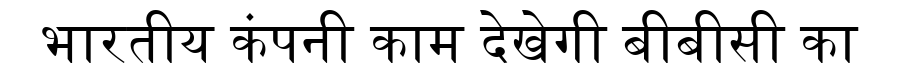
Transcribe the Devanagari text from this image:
भारतीय कंपनी काम देखेगी बीबीसी का